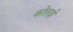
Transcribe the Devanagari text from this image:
कोलवी